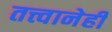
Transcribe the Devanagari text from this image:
तत्त्वानेही